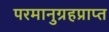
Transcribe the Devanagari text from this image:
परमानुग्रहप्राप्त